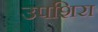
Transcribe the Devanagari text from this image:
उपशिरा